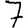
Digit: 7